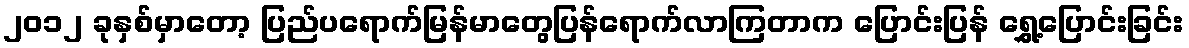
၂၀၁၂ ခုနှစ်မှာတော့ ပြည်ပရောက်မြန်မာတွေပြန်ရောက်လာကြတာက ပြောင်းပြန် ရွှေ့ပြောင်းခြင်း